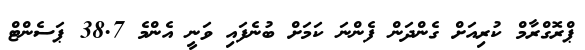
ޕްރޮގްރާމް ކުރިއަށް ގެންދަން ފެންނަ ކަމަށް ބުނެފައި ވަނީ އެންމެ 38.7 ޕަސެންޓް